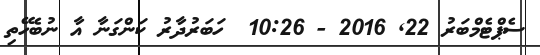
ސެޕްޓެމްބަރު 22